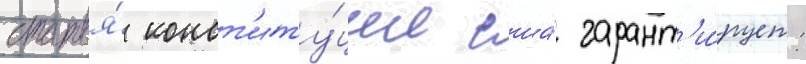
статья́ конст'иту́ции сша́ гарант'и́рует: